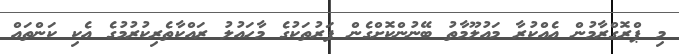
މި ޕްރޮގްރާމުން އެއްކުރާ މައުލޫމާތު ބޭނުންކޮށްގެން ފަރުތަކުގެ މާހައުލު ރައްކާތެރިކުރުމުގެ އެކި ކަންތައް